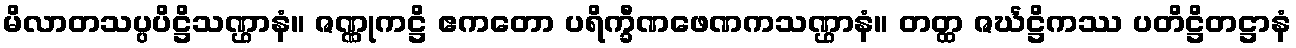
မိလာတသပ္ပပိဋ္ဌိသဏ္ဌာနံ။ ဇဏ္ဏုကဋ္ဌိ ဧကတော ပရိက္ခီဏဖေဏကသဏ္ဌာနံ။ တတ္ထ ဇင်္ဃဋ္ဌိကဿ ပတိဋ္ဌိတဋ္ဌာနံ